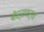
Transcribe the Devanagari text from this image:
बोर्सवर्थ